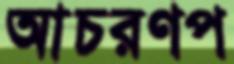
আচরণপ